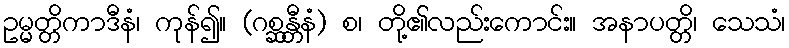
ဥမ္မတ္တိကာဒီနံ၊ ကုန်၍။ (ဂစ္ဆန္တီနံ) စ၊ တို့၏လည်းကောင်း။ အနာပတ္တိ၊ သေသံ၊